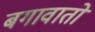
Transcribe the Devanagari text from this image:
बगावातो